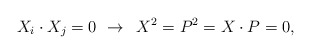
\begin{align*}X_{i}\cdot X_{j}=0\,\,\rightarrow \,\,\,X^{2}=P^{2}=X\cdot P=0,\end{align*}